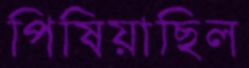
পিষিয়াছিল